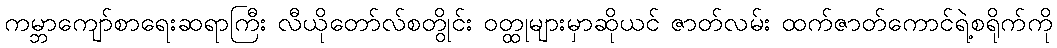
ကမ္ဘာကျော်စာရေးဆရာကြီး လီယိုတော်လ်စတွိုင်း ဝတ္ထုများမှာဆိုယင် ဇာတ်လမ်း ထက်ဇာတ်ကောင်ရဲ့စရိုက်ကို